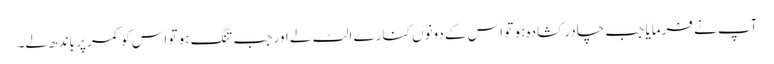
آپ نے فرمایا جب چادر کشادہ ہو تو اس کے دونوں کنارے الٹ لے اور جب تنگ ہو تو اس کو کمر پر باندھ لے۔